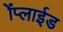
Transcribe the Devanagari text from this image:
ॲप्लाईड